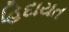
હિદાયત